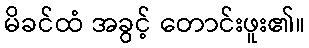
မိခင်ထံ အခွင့် တောင်းဖူး၏။